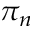
\pi _ { n }